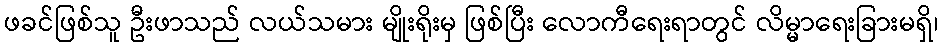
ဖခင်ဖြစ်သူ ဦးဖာသည် လယ်သမား မျိုးရိုးမှ ဖြစ်ပြီး လောကီရေးရာတွင် လိမ္မာရေးခြားမရှိ၊